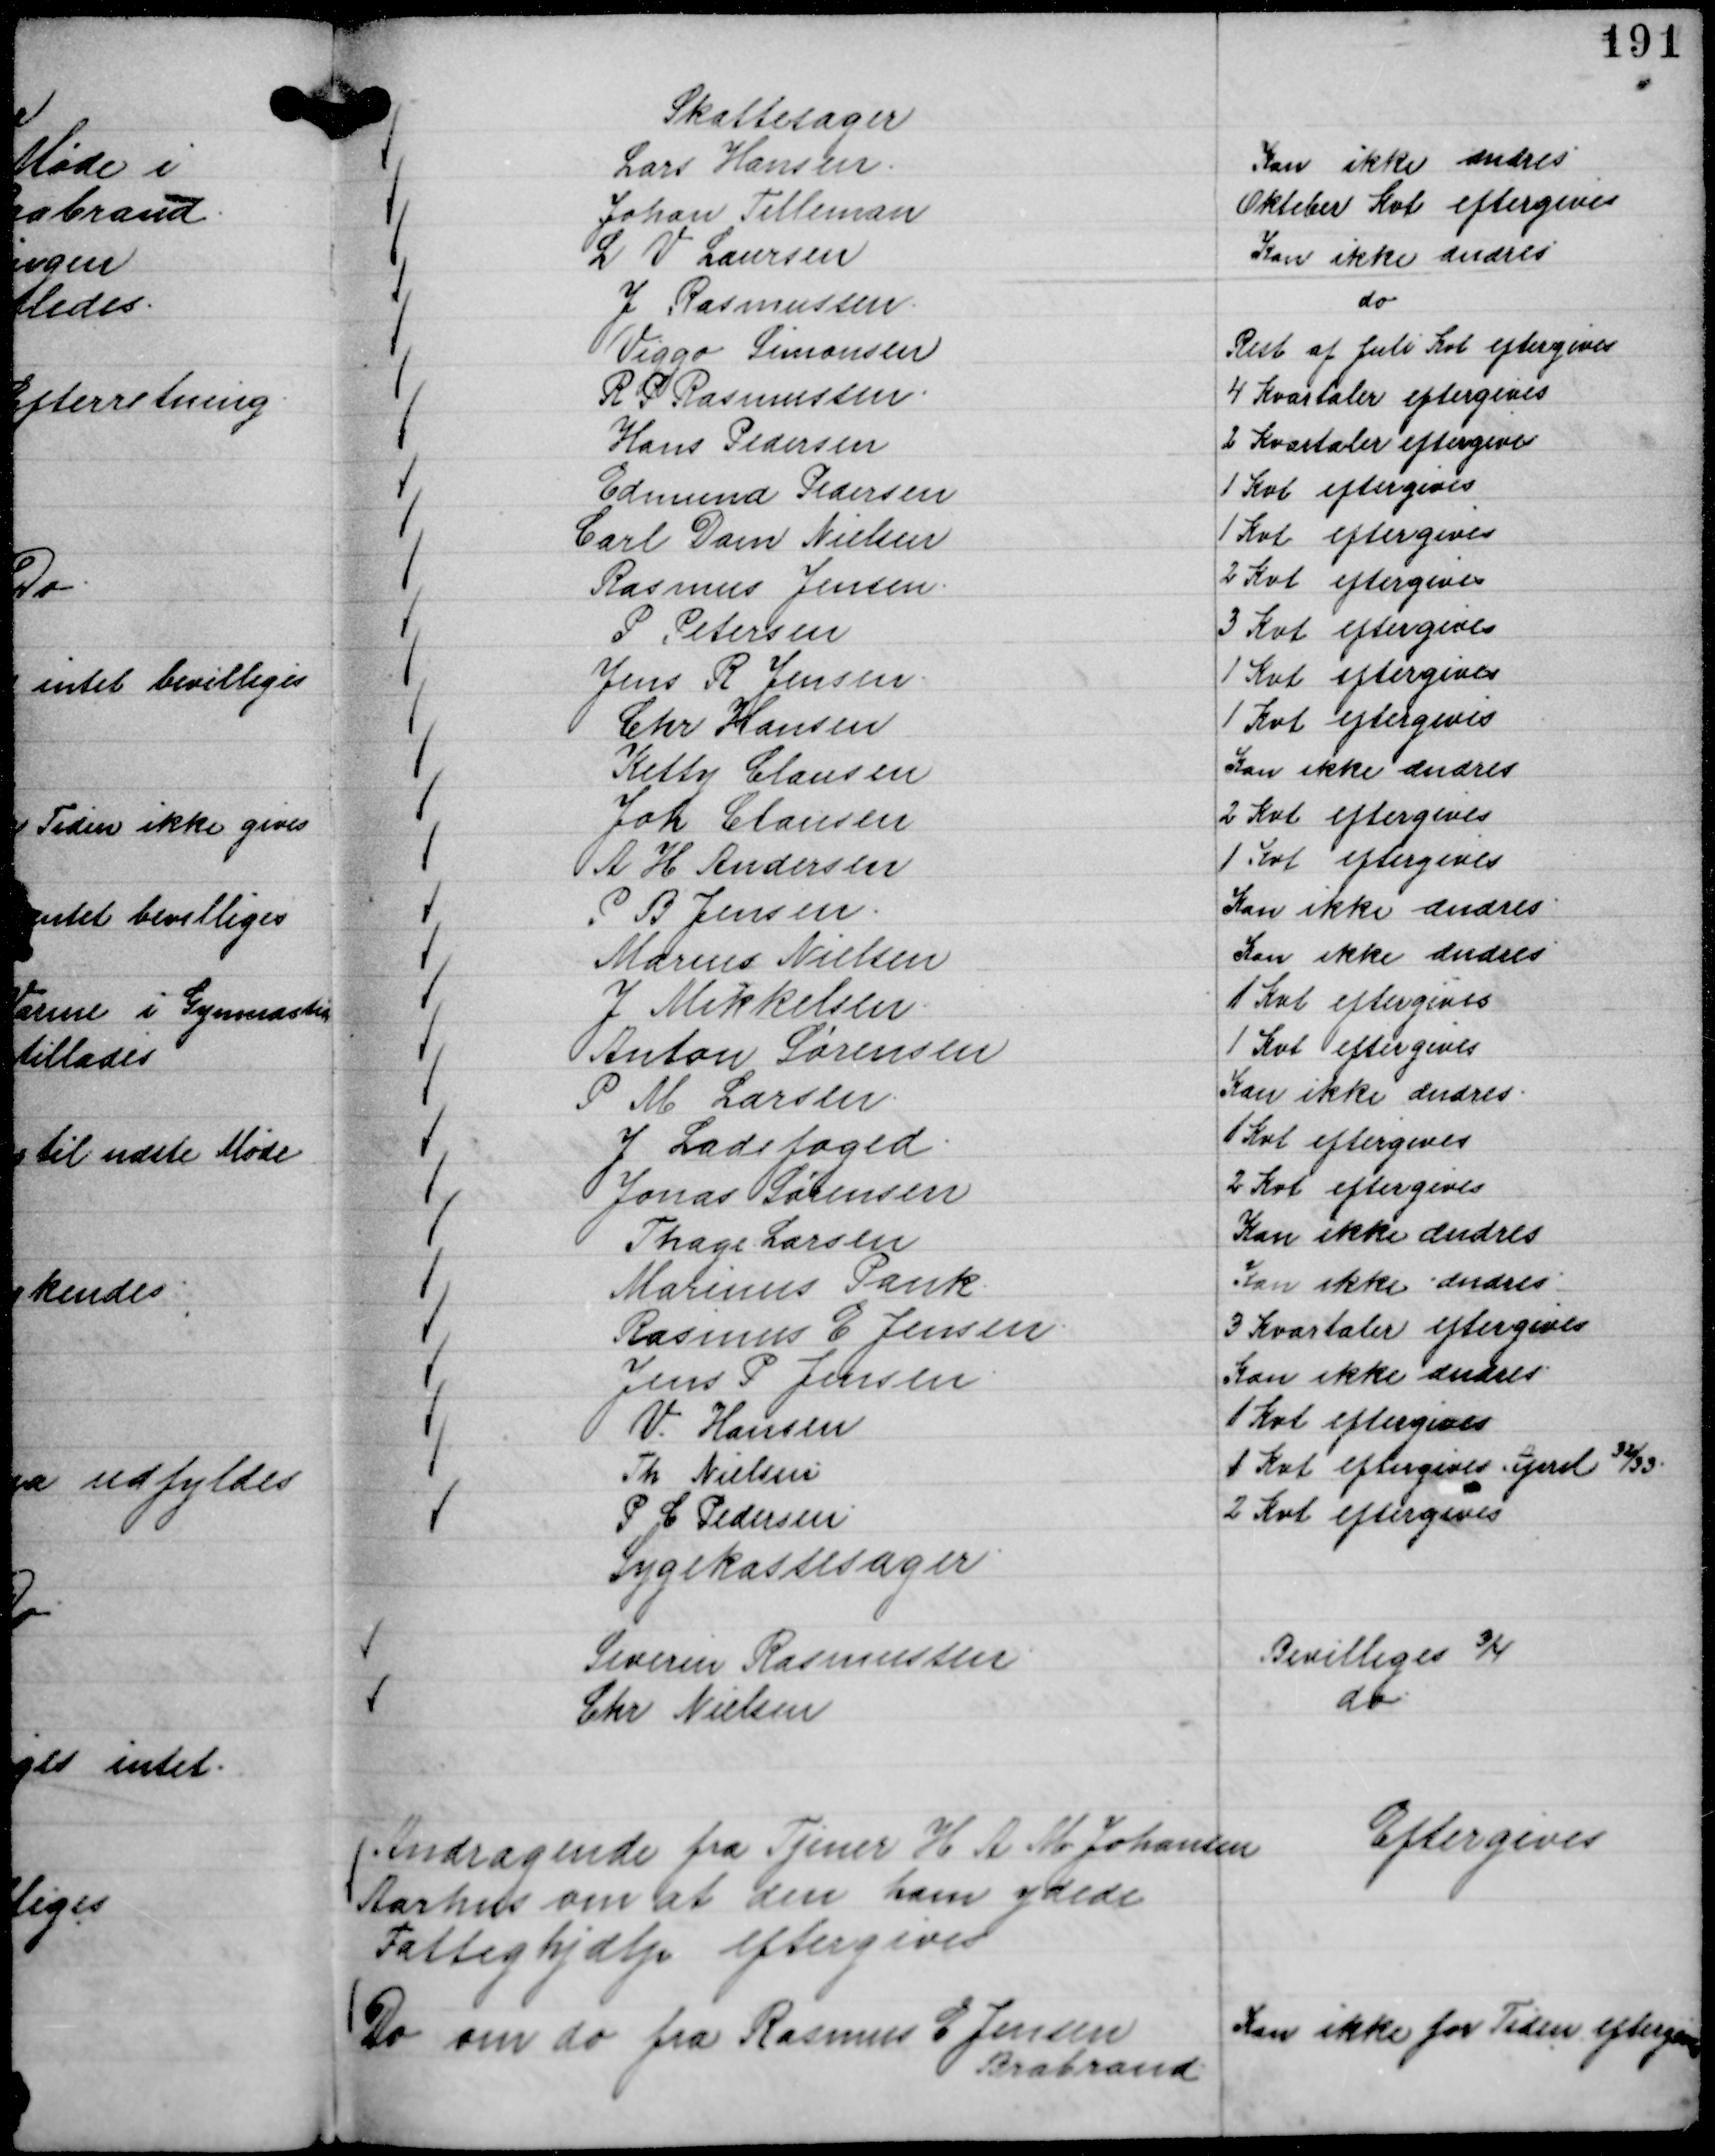
Transskription:
Skattesager
Lars Hansen.
Kan ikke ændres
Johan Telleman
Oktober Kvt eftergives
L V Laursen
Kan ikke ændres
J Rasmussen.
do
Viggo Simonsen
Rest af Juli Kvt eftergives
R P Rasmussen.
4 Kvartaler eftergives
Hans Pedersen
2 Kvartaler eftergives
Edmund Pedersen
1 Kvt eftergives
Carl Dam Nielsen
1 Kvt eftergives
Rasmus Jensen.
2 Kvt eftergives
P Petersen
3 Kvt eftergives
Jens R Jensen.
1 Kvt eftergives
Chr Hansen
1 Kvt eftergives
Ketty Clausen
Kan ikke ændres
Joh Clausen
2 Kvt eftergives
A H Andersen
1 Kvt eftergives
P B Jensen.
Kan ikke ændres.
Marius Nielsen
Kan ikke ændres.
J Mikkelsen.
1 Kvt eftergives
Anton Sørensen
1 Kvt eftergives
P M Larsen.
Kan ikke ændres.
J Ladefoged.
1 Kvt eftergives
Jonas Sørensen
2 Kvt eftergives
Thage Larsen
Kan ikke ændres
Marinus Pank.
Kan ikke ændres.
Rasmus E Jensen.
3 Kvataler eftergives
Jens P Jensen.
Kan ikke ændres
V. Hansen
1 Kvt eftergives
Th Nielsen.
1 Kvt eftergives April 

32/33.
P C Pedersen
2 Kvt eftergives

Sygekassesager
Severin Rasmussen.
Bevilliges ¾
Chr Nielsen
do.

Andragende fra Tjener H A M Johansen
Aarhus om at den ham ydede
Fattighjælp eftergives

Eftergives

Do om do fra Rasmus E Jensen
Brabrand.

Kan ikke for Tiden eftergives